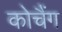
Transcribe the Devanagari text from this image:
कोचैंग